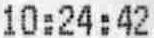
10:24:42